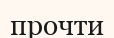
прочти